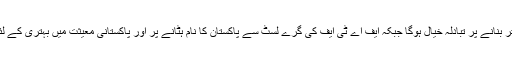
ملاقاتوں میں پاک امریکا خراب تعلقات کو بہتر بنانے پر تبادلہ خیال ہوگا جبکہ ایف اے ٹی ایف کی گرے لسٹ سے پاکستان کا نام ہٹانے پر اور پاکستانی معیثت میں بہتری کے لئے باہمی تعاون کے فروغ پر بھی بات ہوگی۔